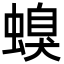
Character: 螑